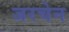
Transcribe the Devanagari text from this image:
जरचेन